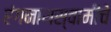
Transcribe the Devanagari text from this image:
रंगनाथस्वामीचे